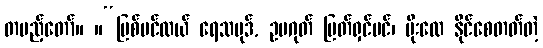
တပည့်တော်။ ။“မြစ်ပင်လယ် ရေသမုဒ်, ဥပဂုတ် မြတ်ရှင်ပင်၊ မိုးလေ နိုင်စေတတ်တဲ့